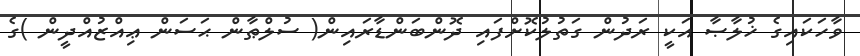
ވާހަކައިގެ ޚުލާޞާ އަކީ ރަދުން ގަތުލުކޮށްފައި ދޮންބަންޑާރައިން( ސުލްޠާން ޙަސަން ޢިއްޒުއްދީން )ގެ